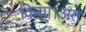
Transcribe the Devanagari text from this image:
किया।अत